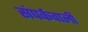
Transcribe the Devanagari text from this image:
संपर्कवाली